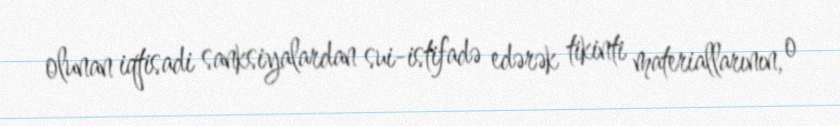
olunan iqtisadi sanksiyalardan sui-istifadə edərək tikinti materiallarının, o